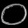
Digit: ၀